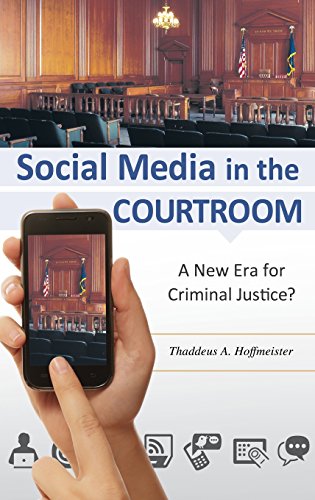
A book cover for Social Media in the Courtroom: A New Era for Criminal Justice?; Thaddeus A. Hoffmeister; Law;